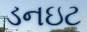
ડનઇટ